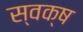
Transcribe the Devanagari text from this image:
स्वक्ष